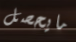
مايحصل